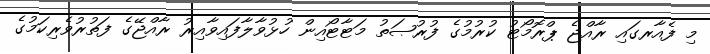
މި ފެއާރގައި ރާއްޖެ ޕްރޮމޯޓު ކުރުމުގެ ފުރުޞަތު މަޓާޓޯއިން ހުޅުވާލާފައިވާއިރު ރާއްޖޭގެ ފަތުރުވެރިކަމުގެ